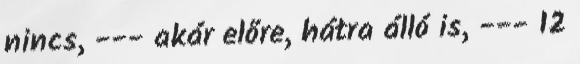
nincs, --- akár előre, hátra álló is, --- 12